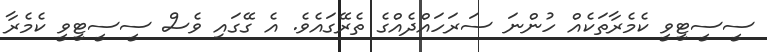
ސީސީޓީވީ ކެމެރާތަކެއް ހުންނަ ސަރަހައްދެއްގެ ތެރޭގައެވެ. އެ ގޭގައި ވެސް ސީސީޓީވީ ކެމެރާ